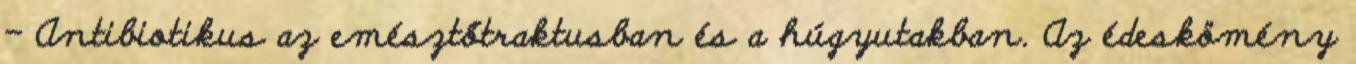
- Antibiotikus az emésztőtraktusban és a húgyutakban. Az édeskömény